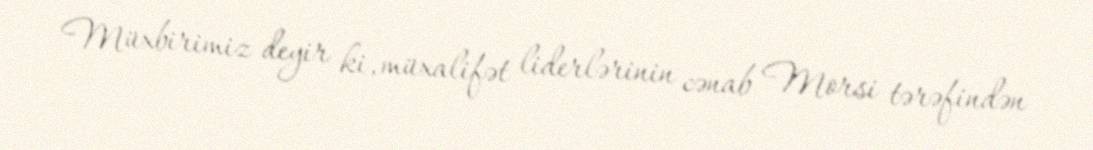
Müxbirimiz deyir ki, müxalifət liderlərinin cənab Morsi tərəfindən